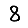
Digit: 8